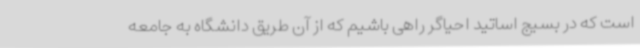
است که در بسیج اساتید احیاگر راهی باشیم که از آن طریق دانشگاه به جامعه